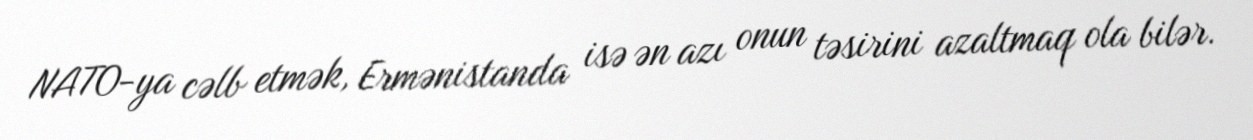
NATO-ya cəlb etmək, Ermənistanda isə ən azı onun təsirini azaltmaq ola bilər.